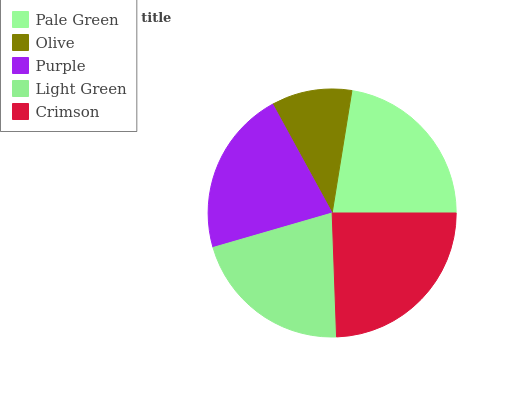
| Pale Green | Olive | Purple | Light Green | Crimson |
 | --- | --- | --- | --- | --- |
 | 22.5% | 10.5% | 21.5% | 21% | 24.5% |